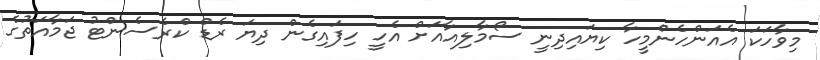
މިވާހަކަ އެއަންހެންމީހާ ކިޔައިދިނީ ސޯމާލިއާއަށް އެހީ ހިފައިގެން ދިޔަ ރެޑް ކްރެސެންޓު ޖަމާއަތުގެ